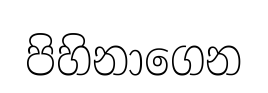
පිහිනාගෙන